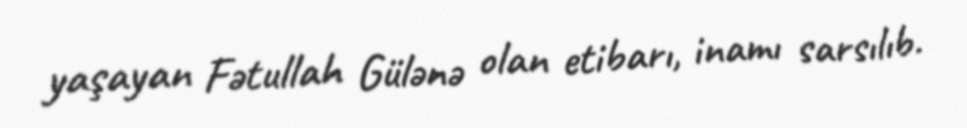
yaşayan Fətullah Gülənə olan etibarı, inamı sarsılıb.